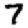
Digit: 7